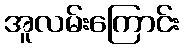
အူလမ်းကြောင်း